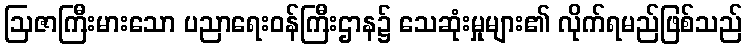
ဩဇာကြီးမားသော ပညာရေးဝန်ကြီးဌာန၌ သေဆုံးမှုများ၏ လိုက်ရမည်ဖြစ်သည်